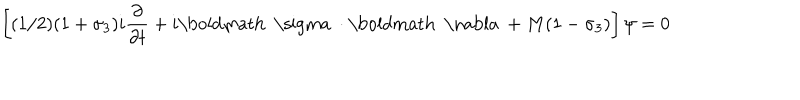
LaTeX: \left[ ( 1 / 2 ) ( 1 + \sigma _ { 3 } ) i { \frac { \partial } { \partial t } } + i \mathrm { \boldmath ~ \ s i g m a ~ } \cdot \mathrm { \boldmath ~ \nabla ~ } + M ( 1 - \sigma _ { 3 } ) \right] \psi = 0